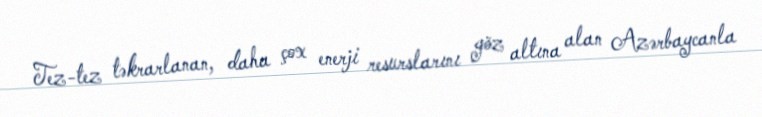
Tez-tez təkrarlanan, daha çox enerji resurslarını göz altına alan Azərbaycanla